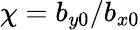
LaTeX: \chi=b_{y0}/b_{x0}